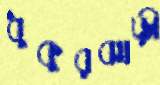
ধুকুরঝাড়ী